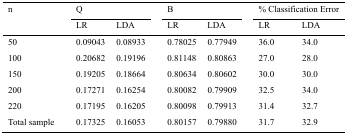
<table><thead><tr><td rowspan="3"><b>n</b></td><td colspan="2"><b>Q</b></td><td colspan="2"><b>B</b></td><td colspan="2"><b>% Classification Error</b></td></tr><tr><td><b>LR</b></td><td><b>LDA</b></td><td><b>LR</b></td><td><b>LDA</b></td><td><b>LR</b></td><td><b>LDA</b></td></tr></thead><tbody><tr><td>50</td><td>0.09043</td><td>0.08933</td><td>0.78025</td><td>0.77949</td><td>36</td><td>34</td></tr><tr><td>100</td><td>0.20682</td><td>0.19196</td><td>0.81148</td><td>0.80863</td><td>27</td><td>28</td></tr><tr><td>150</td><td>0.19205</td><td>0.18664</td><td>0.80634</td><td>0.80602</td><td>30</td><td>30</td></tr><tr><td>200</td><td>0.17271</td><td>0.16254</td><td>0.80082</td><td>0.79909</td><td>32.5</td><td>34</td></tr><tr><td>220</td><td>0.17195</td><td>0.16205</td><td>0.80098</td><td>0.79913</td><td>31.4</td><td>32.7</td></tr><tr><td>Total sample</td><td>0.17325</td><td>0.16053</td><td>0.80157</td><td>0.7988</td><td>31.7</td><td>32.9</td></tr></tbody></table>